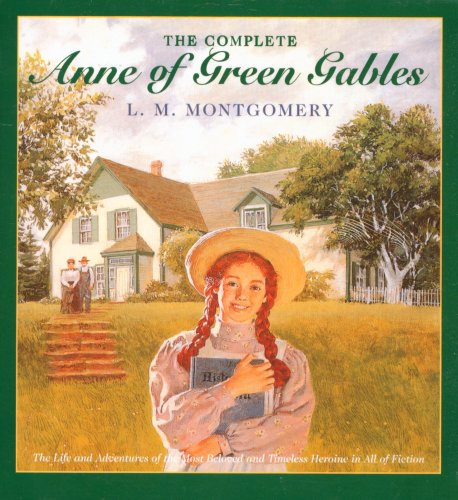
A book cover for Anne of Green Gables, Complete 8-Book Box Set: Anne of Green Gables; Anne of the Island; Anne of Avonlea; Anne of Windy Poplar; Anne's House of ... Ingleside; Rainbow Valley; Rilla of Ingleside; L.M. Montgomery; Children's Books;